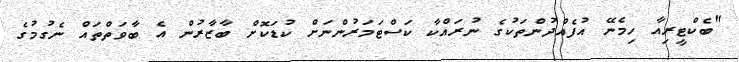
"ބެކްޓީރިއާ ހިމެނޭ އުފެއްދުންތަކުގެ ނުރައްކާ ކަސްޓަމަރުންނަށް ކުޑަކޮށް ބާޒާރުން އެ ބާވަތްތައް ނެގުމުގެ